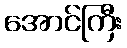
အောင်ကြီး